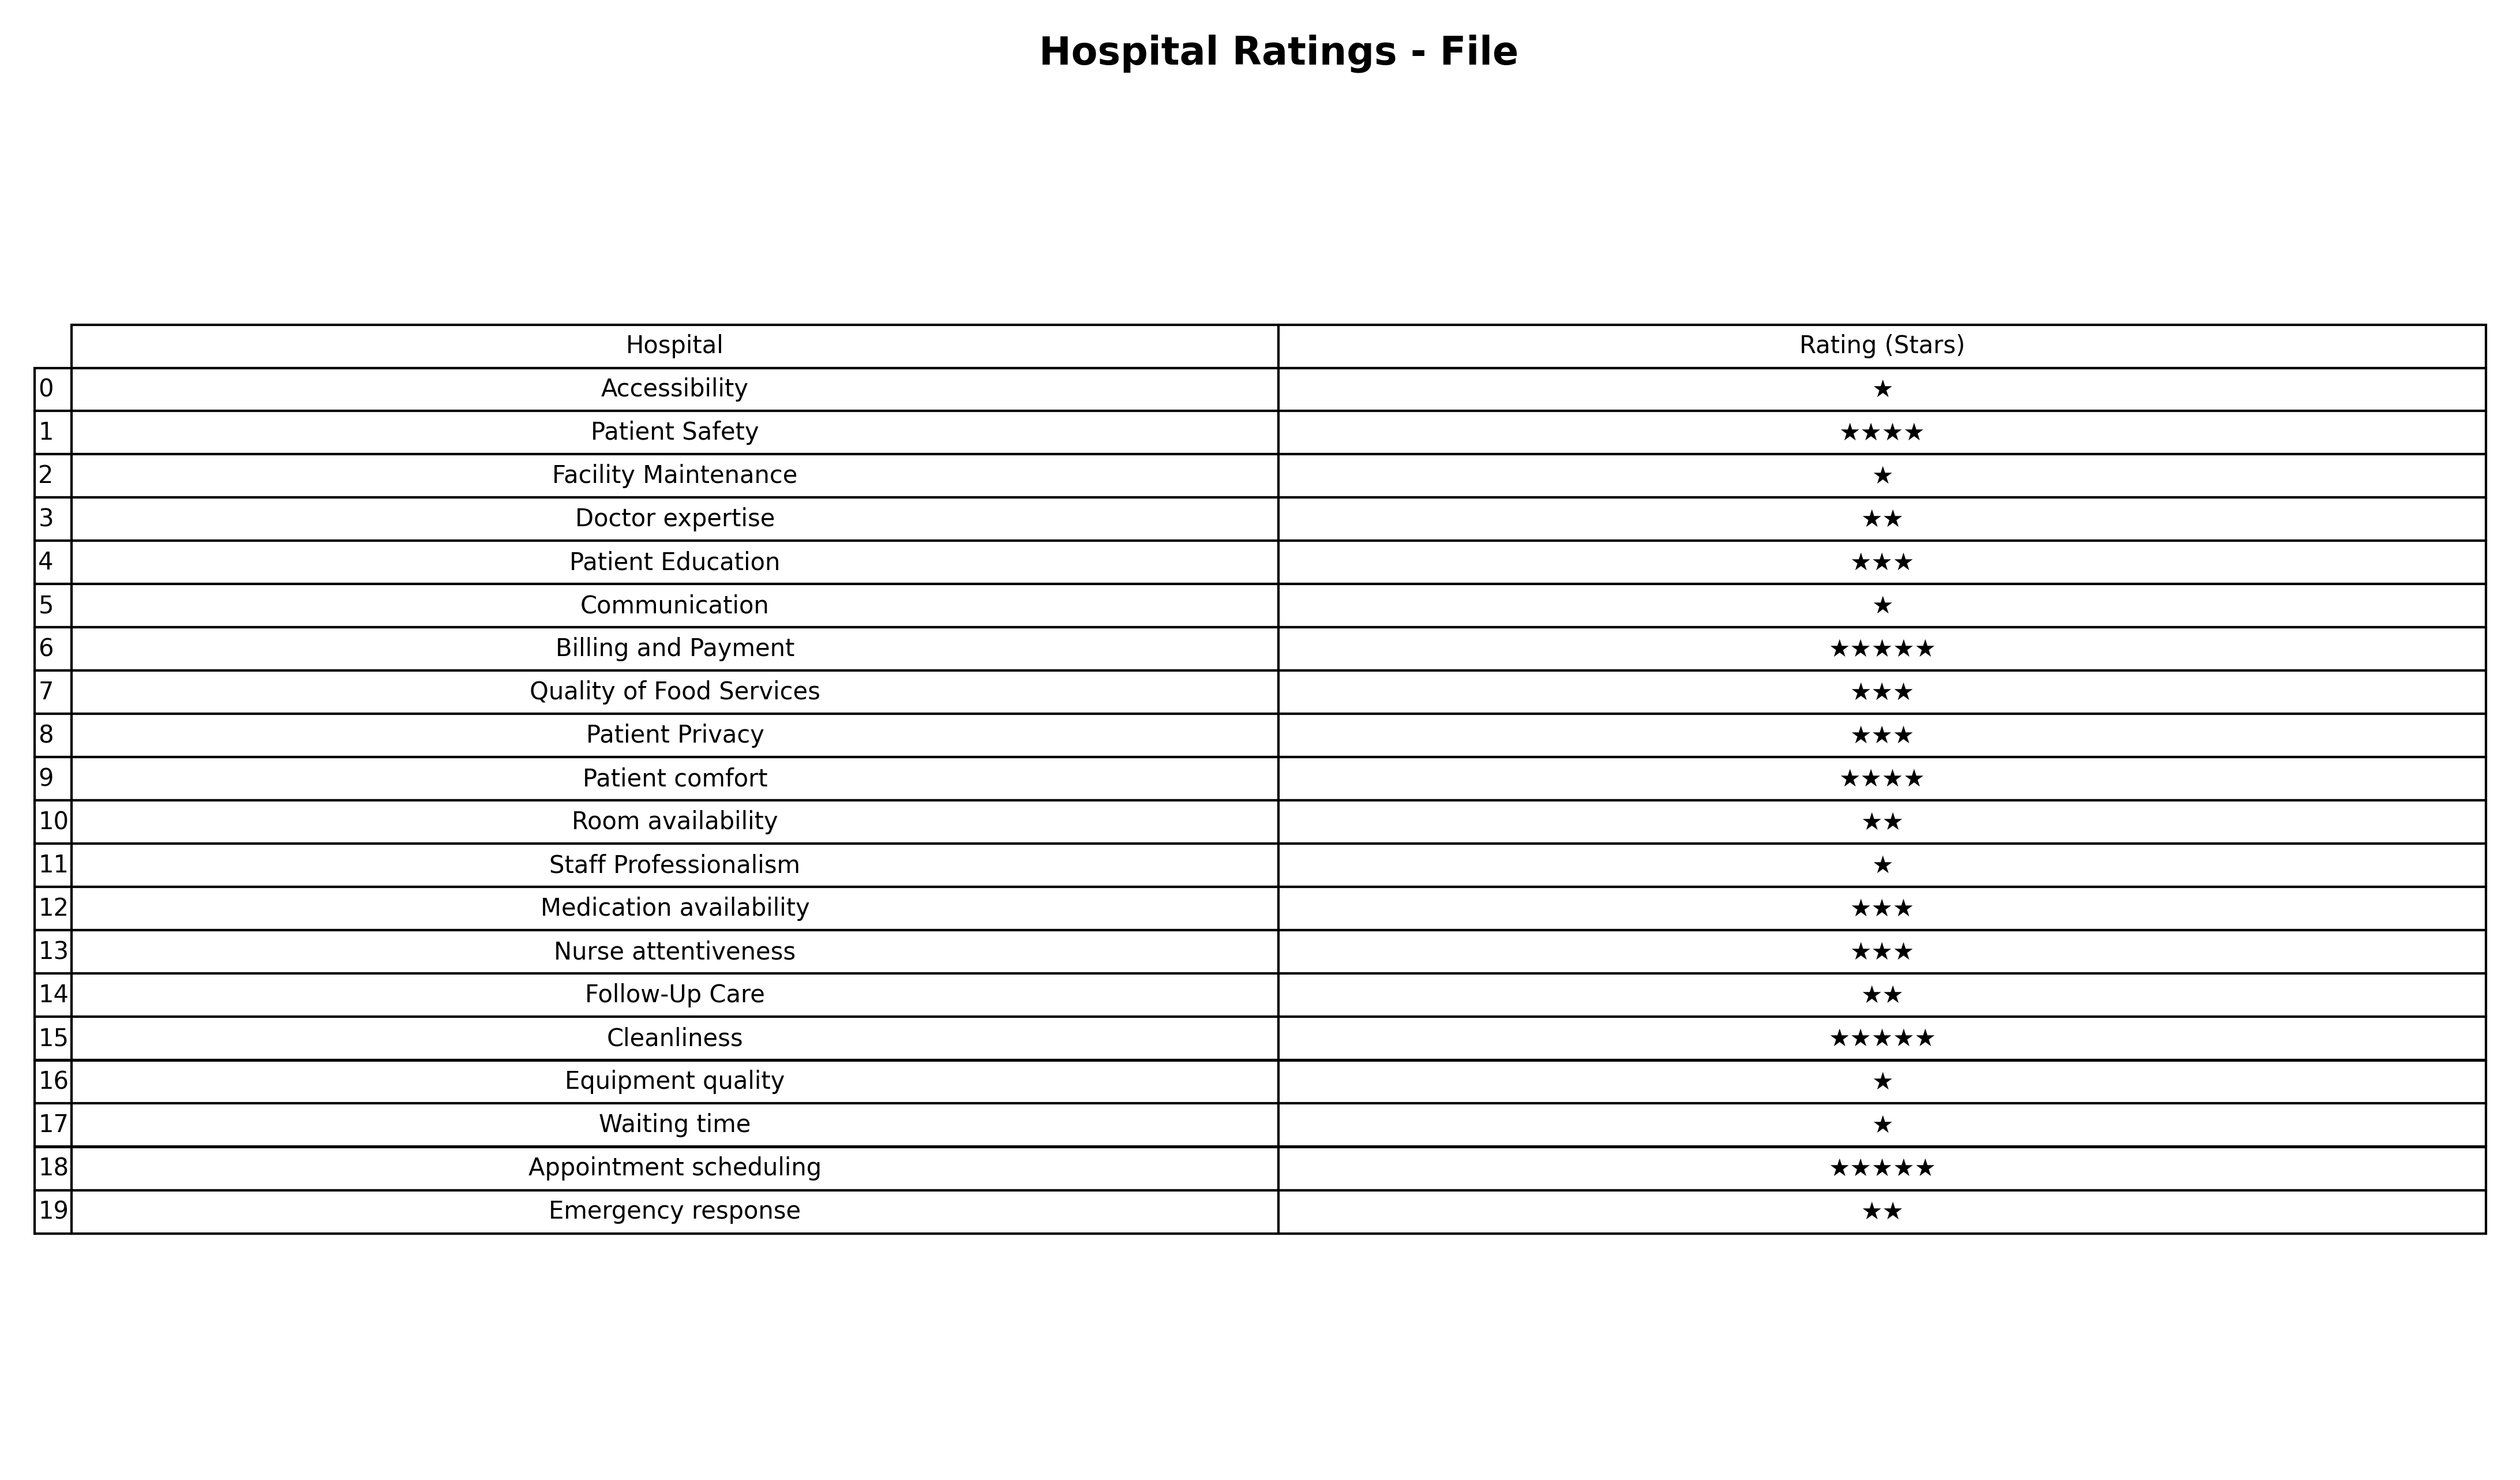
question: What are three star services?
answer: Patient EducationQuality of Food ServicesPatient PrivacyMedication availabilityNurse attentiveness